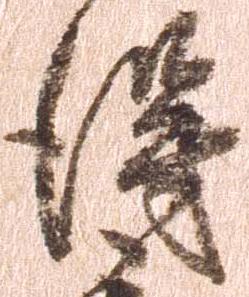
得